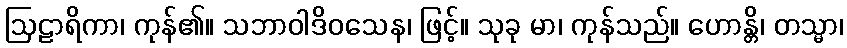
ဩဠာရိကာ၊ ကုန်၏။ သဘာဝါဒိဝသေန၊ ဖြင့်။ သုခု မာ၊ ကုန်သည်။ ဟောန္တိ၊ တသ္မာ၊